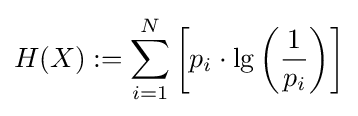
H(X):=\sum _{i=1}^{N}\left[p_{i}\cdot \lg \left({\frac {1}{p_{i}}}\right)\right]